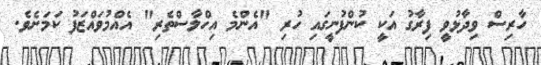
ހާރިސް ވިދާޅުވީ ފިރާގު އަކީ ކުންފުނީގައި ހުރި "އެންމެ އިހްލާސްތެރި" އެއްމުވައްޒަފު ކަމަށެވެ.